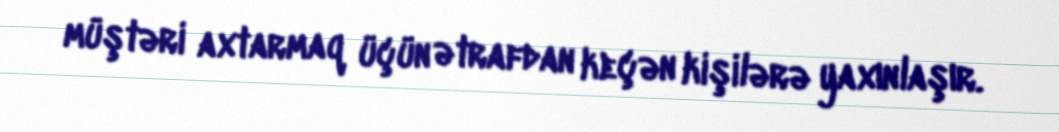
müştəri axtarmaq üçün ətrafdan keçən kişilərə yaxınlaşır.